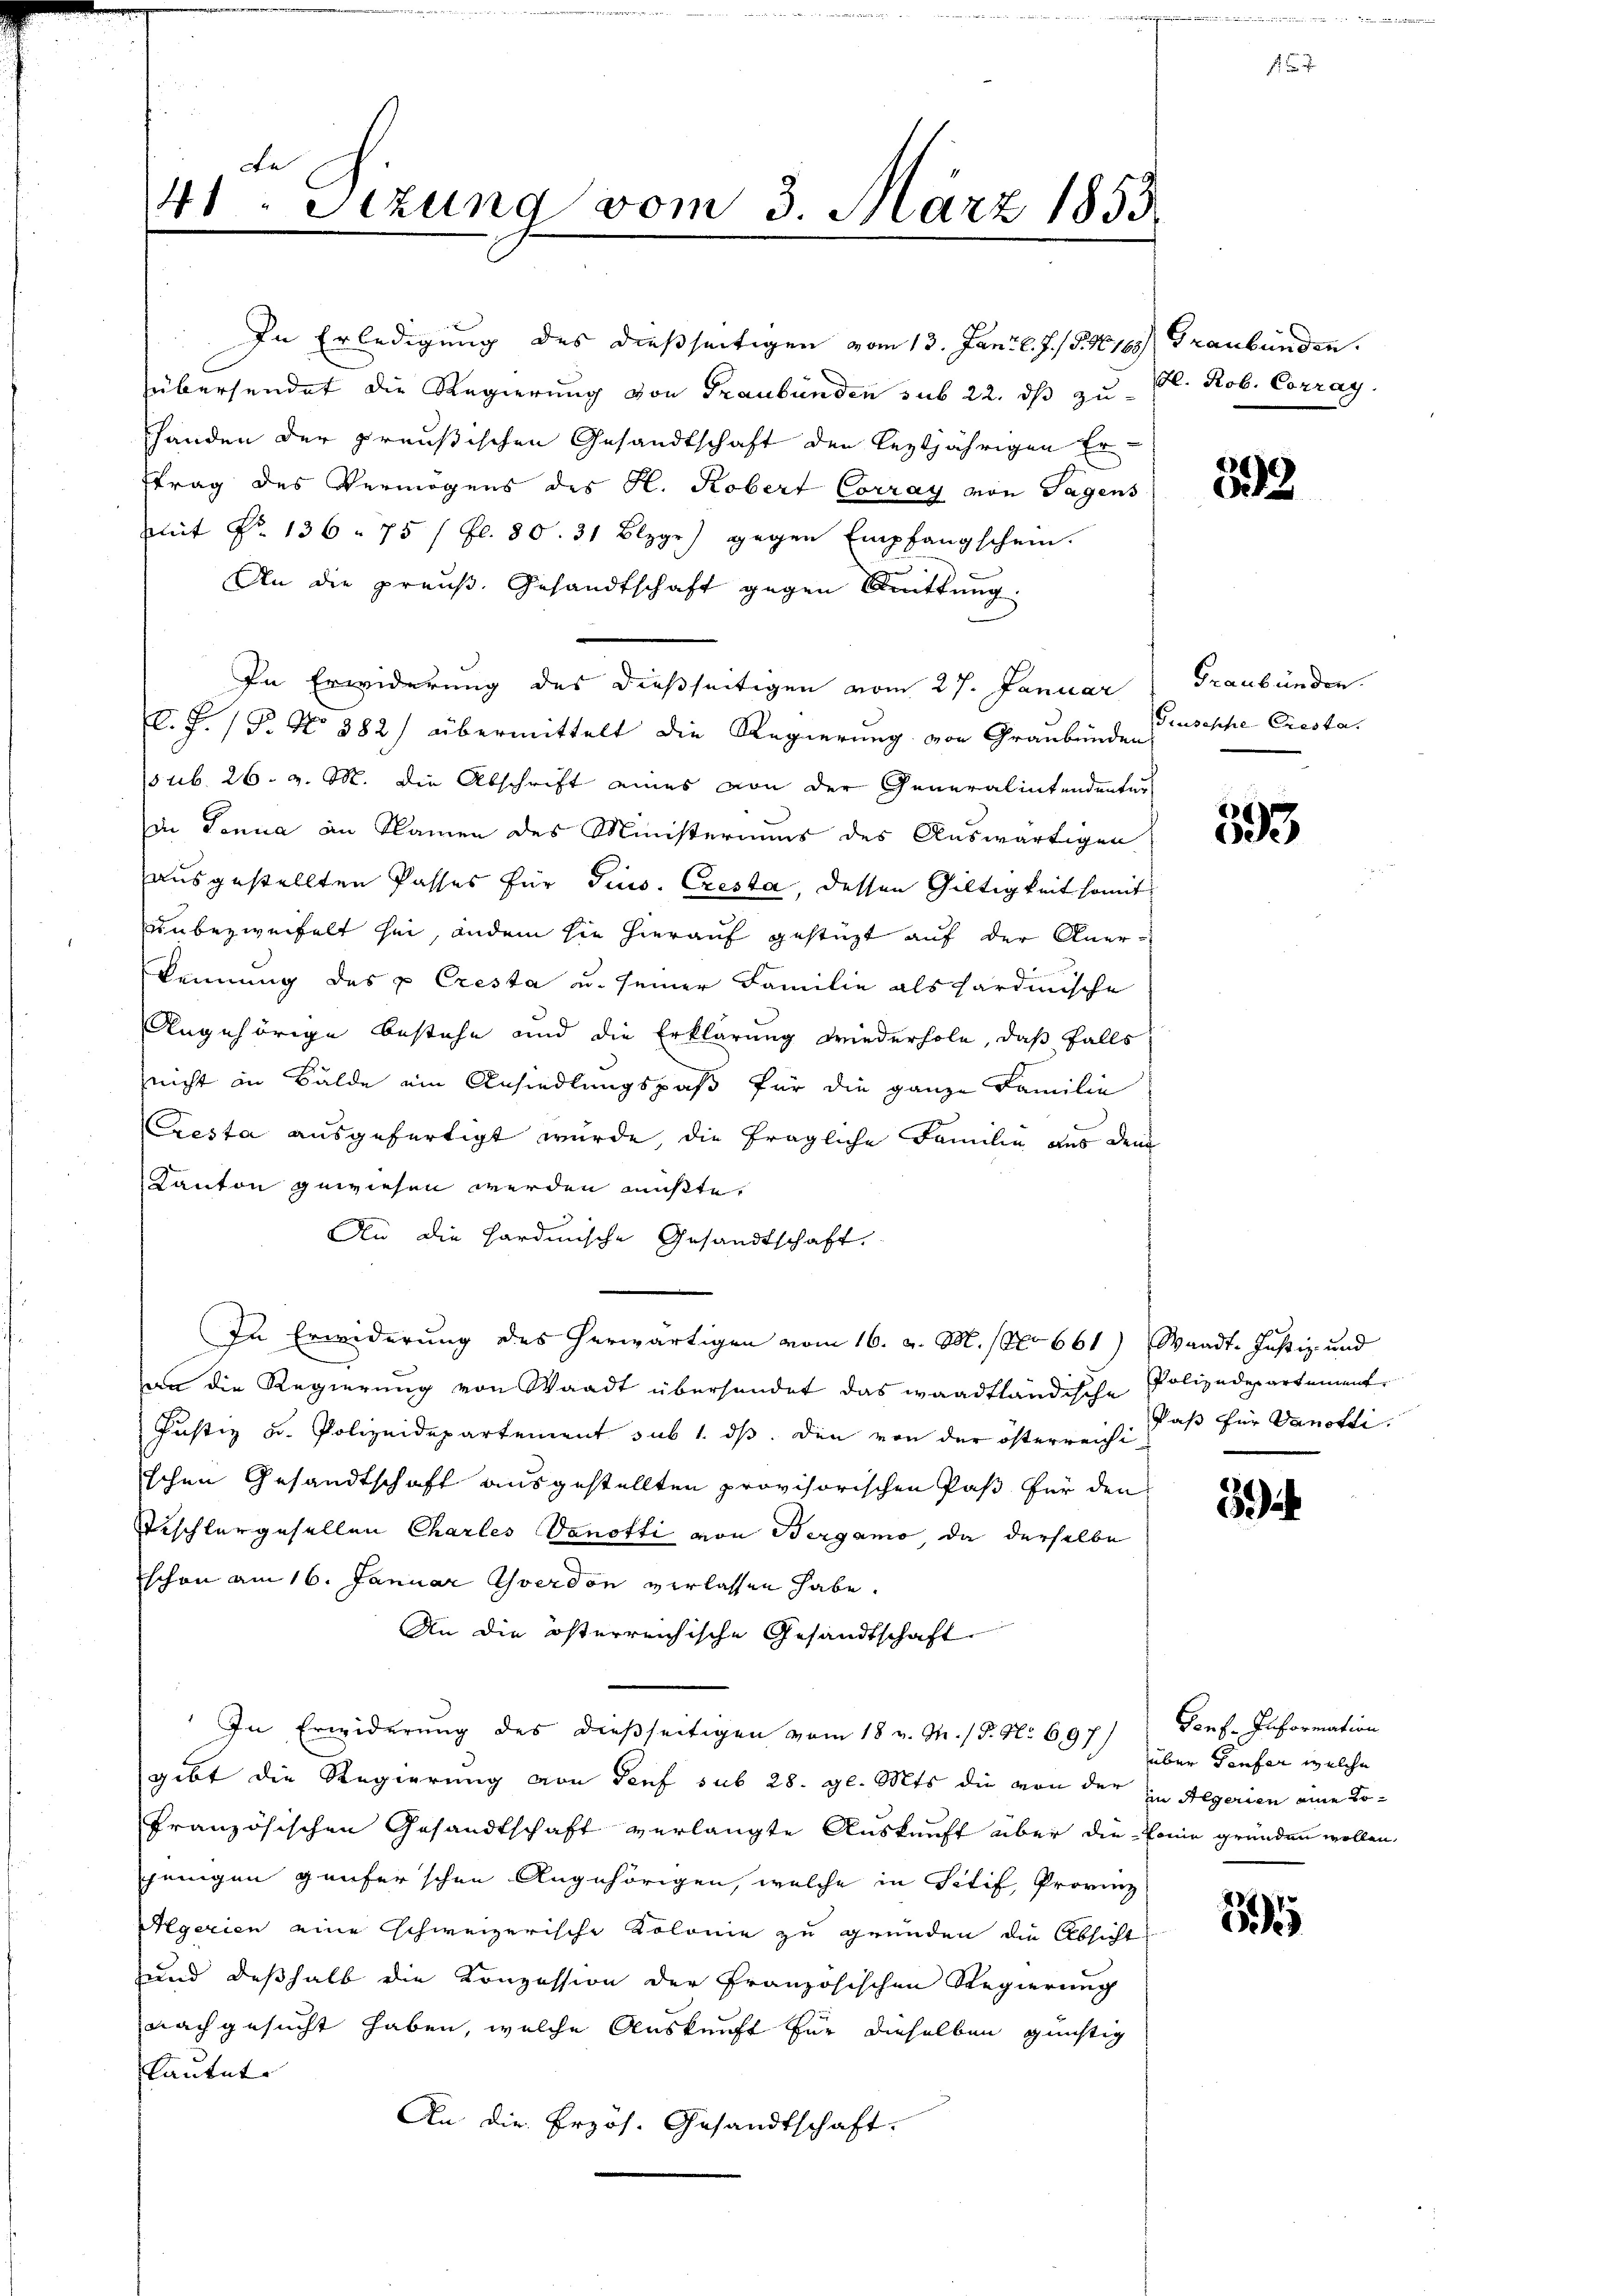
Fe
41. Sitzung vom 3. März 1855.

In Erledigung des dießseitigen vom 13. Jani l. J. J. N. 165) Graubünden.
übersendet die Regierung von Graubünden sub 22. ds zu E. Rob. Corrag.
Handen der preußischen Gesandtschaft den leztjährigen Er-
trag des Vermögens des R. Robert Corray von Tagens
mit No. 136. 75 / fl. 80. 31 Blzgr) gegen Empfangschein.
An die preuß. Gesandtschaft gegen Drittung.
In Erwiderung des dießseitigen vom 27. Januar
C. J. (T. No 382) übermittelt die Regierung von Graubünden
(sub. 26. v. M. die Abschrift eines von der Generalintendenter
in Sonna an Namen des Ministeriums des Auswärtigen
ausgestellten Passes für Jius. Cresta, dessen Gültigkeit somit
unbezweifelt sei, ander sie hierauf gestützt auf der Anerkennung des p Cresta u. seiner Familie als hardinische
Angehörige bestehe und die Erklärung wiederhole, daß falls
nicht an Bälde ein Ansiedlungspaß für die ganze Familie
Cresta ausgefertigt wurde, die fragliche Familie aus dem
Kanton gewiesen werden müßte.
An die hardinische Gesandtschaft.
In Erwiderung des herwärtigen vom 16. v. M. (No 661) Waadt. Justiz- und
an die Regierung von Waadt übersendet das waadtländische Polizedepartement
Justiz u. Polizeidepartement sub 1. ds. Die von der österreichischen Gesandtschaft ausgestellten provisorischen Paß für den
Tischlergesellen Charles Danofti von Bergamo, da derselbe
schon am 16. Januar verdon verlassen habe.
An die österreichische Gesandtschaft
In Erwiderung des dießseitigen vom 18 v. M. / 5. No 697)
gibt die Regierung von Senf sub 28. gl. Mts. die von der zu Hegerien eine Tofranzösischen Gesandtschaft verlangte Auskunft über die Erinne gründen wollen,
jenigen gäuferschen Angehörigen, welche in Titif, Provinz
Algerien eine schweizerische Kolonie zu gründen die Absicht
und deßhalb die Konzession der Französischen Regierung
nachgesucht haben, welche Auskunft für dieselben günstig
kautet.
An die Erzös. Gesandtschaft.

393

Graubünden.
Grusehe Cresta

)
593

Paß für Danotli.

Porf. Information
über Teufer welche

2